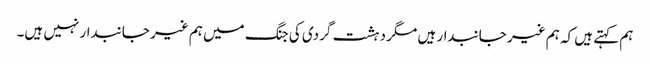
ہم کہتے ہیں کہ ہم غیر جانبدار ہیں مگر دہشت گردی کی جنگ میں ہم غیر جانبدار نہیں ہیں۔